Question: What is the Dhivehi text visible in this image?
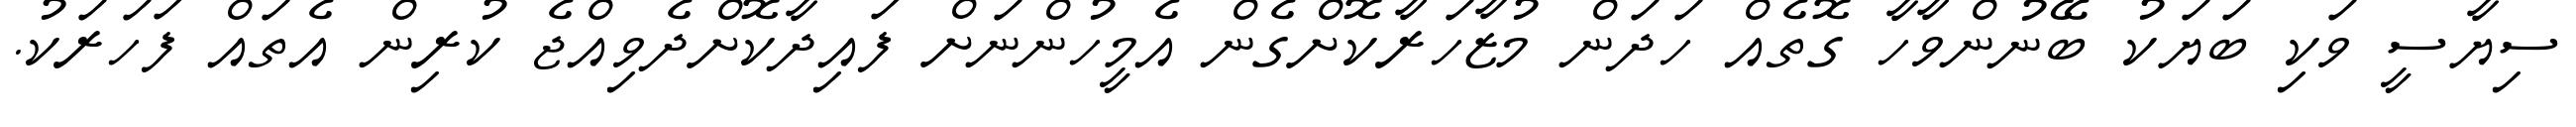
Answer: ސިޔާސީ ވަކި ބަޔަކު ބޭނުންވާހާ ގޮތެއް ހަދަން މުޒާހަރާކޮށްގެން އެމީހުންނަށް ފައިދާކޮށްދެވިއްޖެ ކުރިން އެތައް ފަހަރަކު.